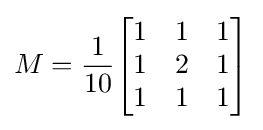
M={\frac {1}{10}}{\begin{bmatrix}1&1&1\\1&2&1\\1&1&1\\\end{bmatrix}}